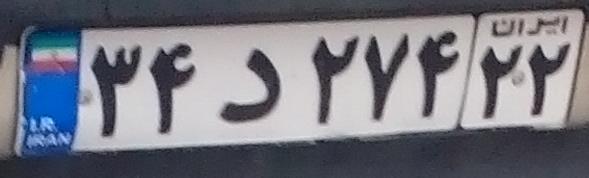
۳۴د۲۷۴۲۲